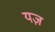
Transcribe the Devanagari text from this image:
यज़